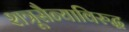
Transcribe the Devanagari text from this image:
शत्रूसैन्याविरुद्ध